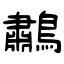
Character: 鷫